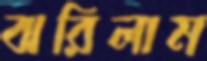
ঝরিলাম